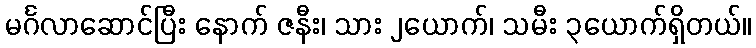
မင်္ဂလာဆောင်ပြီး နောက် ဇနီး၊ သား ၂ယောက်၊ သမီး ၃ယောက်ရှိတယ်။